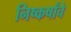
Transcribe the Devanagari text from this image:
निष्कर्षांचे